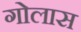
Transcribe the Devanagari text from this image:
गोलास